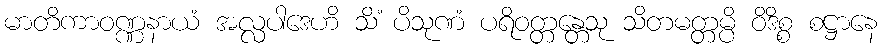
မာတိကာဝဏ္ဏနာယံ အလ္လပါဒေဟိ သိံ ပိသုဏံ ပရိဝတ္တန္တေသု သိတမတ္တမ္ပိ ဝိဒိစ္စ စဋ္ဌာနေ